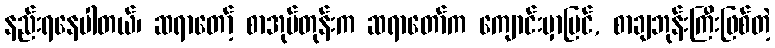
နည်းရနေပါတယ်၊ ဆရာတော့် စာအုပ်တုန်းက ဆရာတော်က ကျောင်းမှာပြင်, စာချဘုန်းကြီးဖြစ်တဲ့